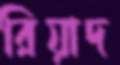
রিয়াদ